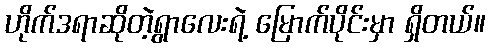
ဟိုက်ဒရာဆိုတဲ့ရွာလေးရဲ့ မြောက်ပိုင်းမှာ ရှိတယ်။